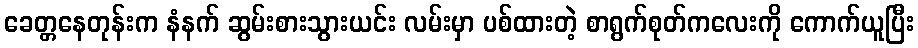
ခေတ္တနေတုန်းက နံနက် ဆွမ်းစားသွားယင်း လမ်းမှာ ပစ်ထားတဲ့ စာရွက်စုတ်ကလေးကို ကောက်ယူပြီး